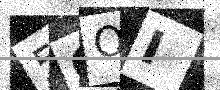
Text: 5OOI